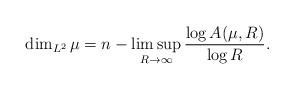
LaTeX: \begin{align*}\dim_{L^2} \mu=n-\limsup_{R\to\infty}\frac{\log A(\mu,R)}{\log R}.\end{align*}